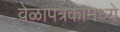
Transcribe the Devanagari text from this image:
वेळापत्रकामध्ये